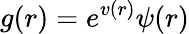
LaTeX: g(r)=e^{v(r)}\psi(r)